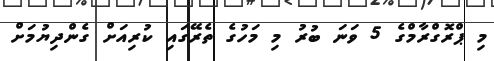
މި ޕްރޮގްރާމްގެ 5 ވަނަ ބުރު މި މަހުގެ ތެރޭގައި ކުރިއަށް ގެންދިޔުމަށް